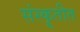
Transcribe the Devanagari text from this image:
संस्कॄतीत